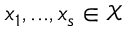
x _ { 1 } , . . . , x _ { s } \in \mathcal { X }